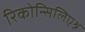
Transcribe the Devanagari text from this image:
रिकोन्सिलिएश्न